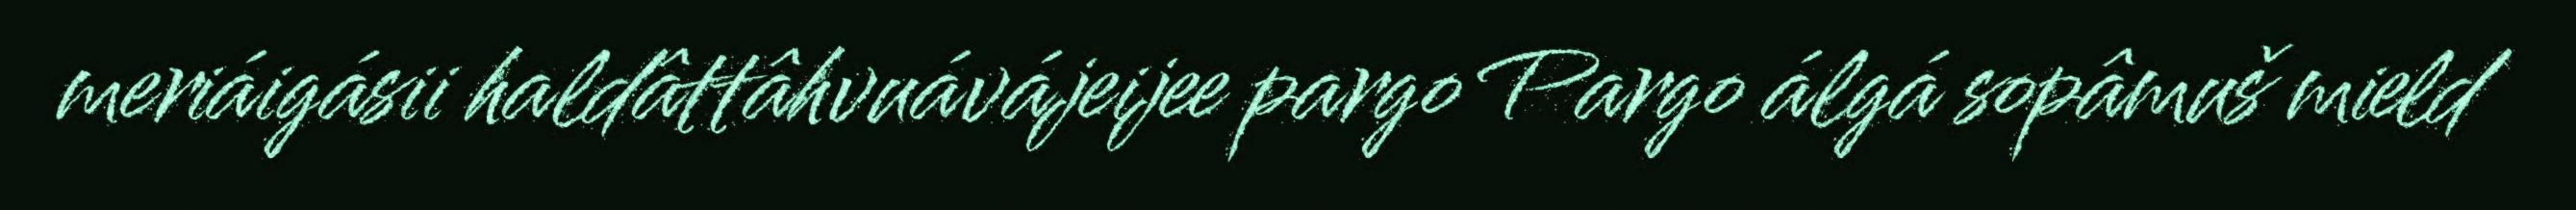
meriáigásii haldâttâhvuávájeijee pargo Pargo álgá sopâmuš mield